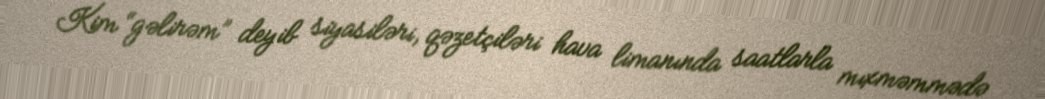
Kim “gəlirəm” deyib siyasiləri, qəzetçiləri hava limanında saatlarla mıxməmmədə